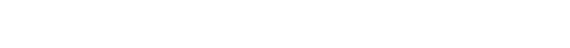
ဆည်းကပ်ပြီး စွန့်ပယ်၍ အခြေခံလုပ်ခလစာ သာကျေးရွာ ကိုယ်ပိုင်အုပ်ချုပ်ရေးပေးရန်